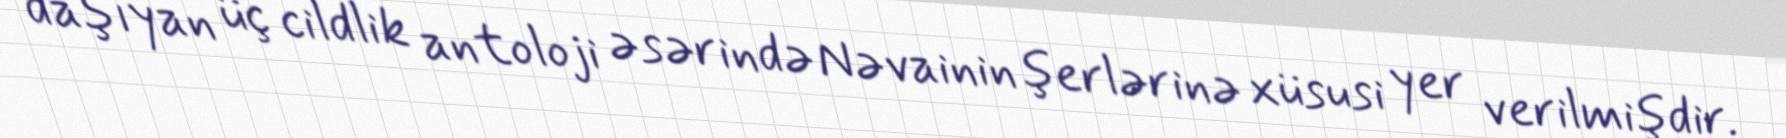
daşıyan üç cildlik antoloji əsərində Nəvainin şerlərinə xüsusi yer verilmişdir.